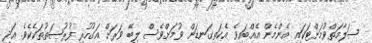
ސަލާމަތްވުމަށްޓަކައި އެންމެން އެއްބައިވެ އެކަތިގަނޑަށް ވުމަށްވެސް ލިބޭ ވަރަށް އަގުހުރި ފުރުޞަތުތަކެކެވެ. އަދި